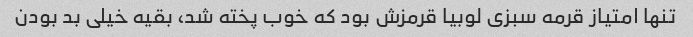
تنها امتیاز قرمه سبزی لوبیا قرمزش بود که خوب پخته شد، بقیه خیلی بد بودن